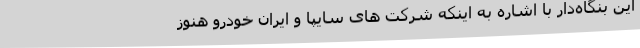
این بنگاه‌دار با اشاره به اینکه شرکت های سایپا و ایران خودرو هنوز